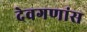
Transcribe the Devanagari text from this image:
देवगणांस